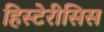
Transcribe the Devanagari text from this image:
हिस्टेरीसिस